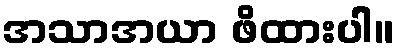
အသာအယာ ဖိထားပါ။